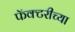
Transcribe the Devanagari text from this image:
फॅक्टरीच्या